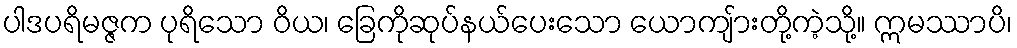
ပါဒပရိမဇ္ဇက ပုရိသော ဝိယ၊ ခြေကိုဆုပ်နယ်ပေးသော ယောကျ်ားတို့ကဲ့သို့။ ဣမဿာပိ၊